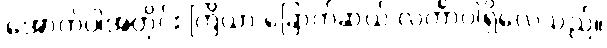
အောက်ပါအတိုင်း ကြိယာ ခြောက်ဆယ် လင်္ကာပါရှိလေသည်။